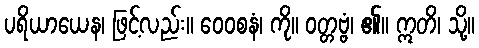
ပရိယာယေန၊ ဖြင့်လည်း။ ဝေဝစနံ၊ ကို။ ဝတ္တဗ္ဗံ၊ ၏။ ဣတိ၊ သို့။